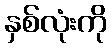
နှစ်လုံးကို